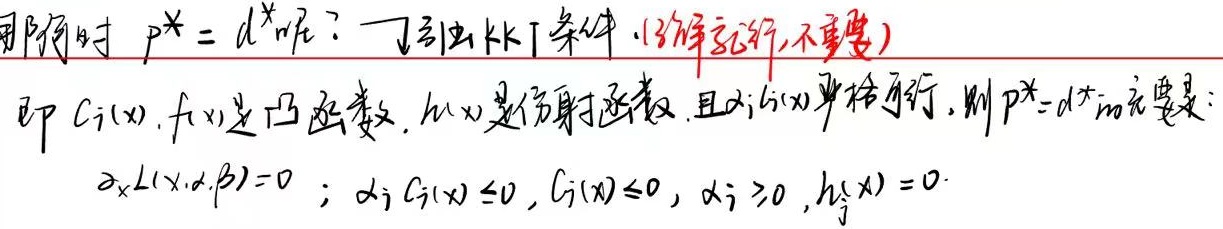
在何时 \(p^{*}=d^{*}\) 呢？（引出KKT条件，了解就行，不重要）即 \(C_{i}(x), f(x)\) 是凸函数，\(h_{j}(x)\) 是仿射函数，且 \(\exists i\) 使 \(C_{i}(x)\) 严格可行，则 \(p^{*}=d^{*}\) 的充要条件是：\(\nabla_{x}L(x,\alpha,\beta) = 0\)；\(\alpha_{i}C_{i}(x)\leq0,C_{i}(x)\leq0,\alpha_{i}\geq0,h_{j}(x)=0\)。